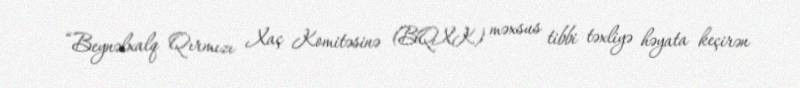
“Beynəlxalq Qırmızı Xaç Komitəsinə (BQXK) məxsus tibbi təxliyə həyata keçirən